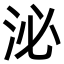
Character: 泌